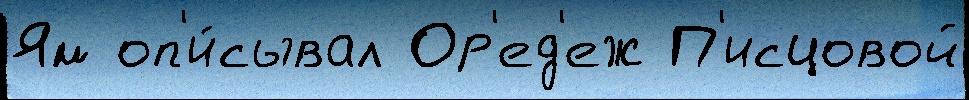
Ям оп'и́сывал Ор'ед'еж П'исцовой